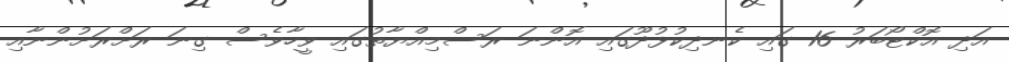
އަދި އޮކްޓޯބަރު 16 ގައި ކެނދިކުޅުދޫގައި އޮންނަ ރަސްމިއްޔާތުގައި ވީހާވެސް ގިނަ ރަށްރަށުންނާއި